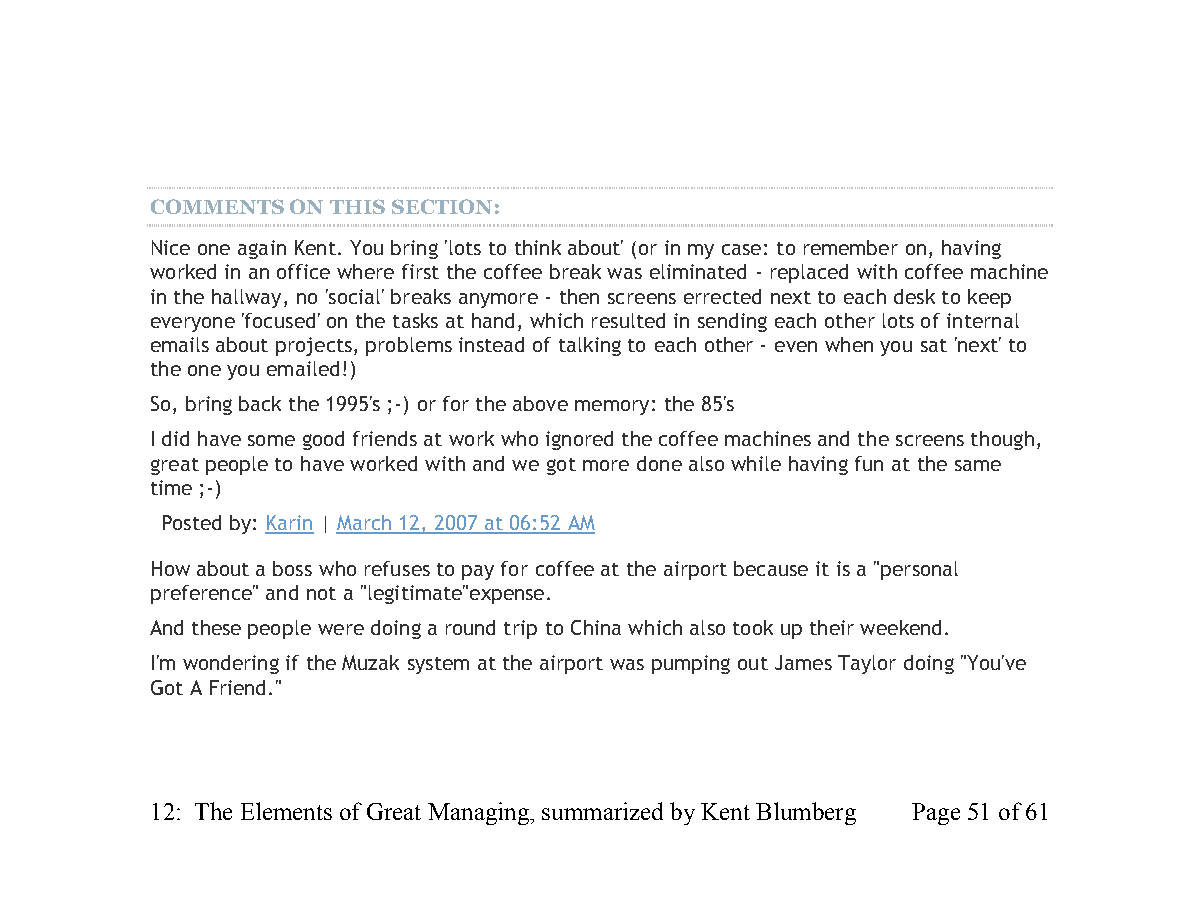
COMMENTS ON THIS SECTION:
 Nice one again Kent. You bring 'lots to think about' (or in my case: to remember on, having
 worked in an office where first the coffee break was eliminated - replaced with coffee machine
 in the hallway, no 'social' breaks anymore - then screens errected next to each desk to keep
 everyone 'focused' on the tasks at hand, which resulted in sending each other lots of internal
 emails about projects, problems instead of talking to each other - even when you sat 'next' to
 the one you emailed!)
 So, bring back the 1995's ;-) or for the above memory: the 85's
 I did have some good friends at work who ignored the coffee machines and the screens though,
 great people to have worked with and we got more done also while having fun at the same
 time ;-)
 Posted by: Karin | March 12, 2007 at 06:52 AM
 How about a boss who refuses to pay for coffee at the airport because it is a "personal
 preference" and not a "legitimate"expense.
 And these people were doing a round trip to China which also took up their weekend.
 I'm wondering if the Muzak system at the airport was pumping out James Taylor doing "You've
 Got A Friend."
 12: The Elements of Great Managing, summarized by Kent Blumberg Page 51 of 61